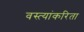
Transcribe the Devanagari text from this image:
वस्त्यांकरिता